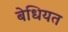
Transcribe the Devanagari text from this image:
बेधियत